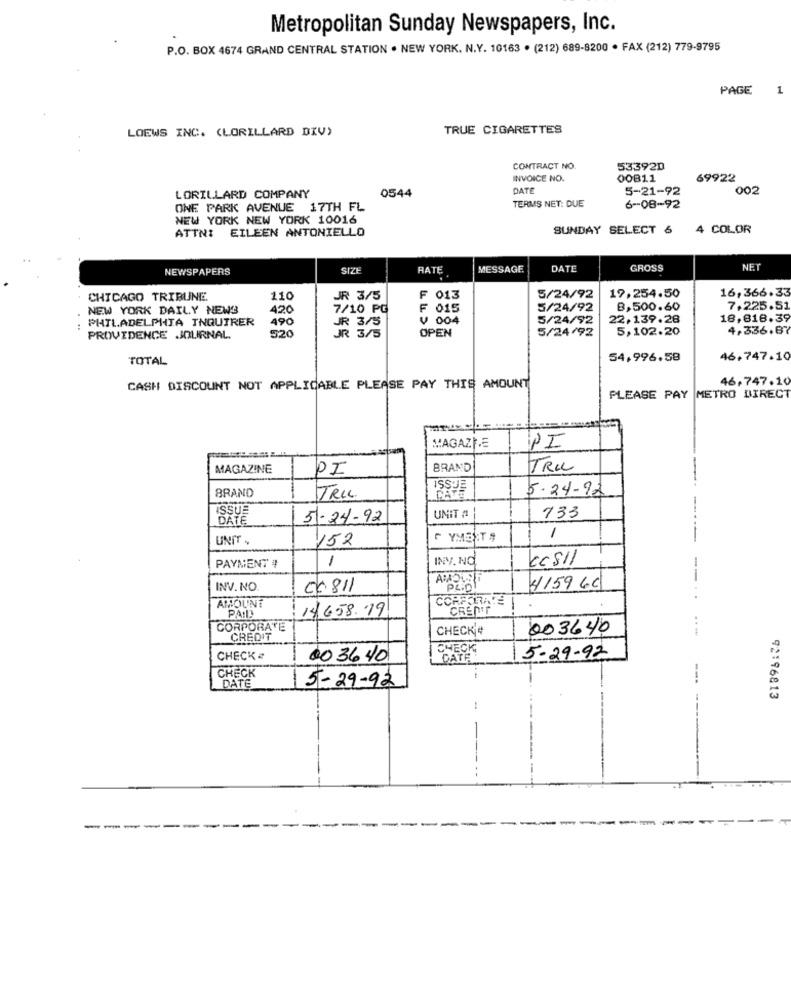
Metropolitan Sunday Newspapers, Inc.
P.O. BOX 4674 GRAND CENTRAL STATION . NEW YORK. N.Y. 10163 . (212) 689-8200 · FAX (212) 779-9795
PAGE
1
LOEWS INC. (LORILLARD DIV)
TRUE CIGARETTES
CONTRACT NO.
53392D
INVOICE NO.
00811
69922
0544
DATE
5-21-92
002
LORILLARD COMPANY
ONE PARK AVENUE 17TH FL
TERMS NET: DUE
6 -- 08-92
NEW YORK NEW YORK 10016
ATTNI EILEEN ANTONIELLO
SUNDAY SELECT 6 4 COLOR
NEWSPAPERS
SIZE
HATE
MESSAGE
DATE
GROSS
NET
16,366.33
CHICAGO TRIBUNE
110
JR 3/5
F 013
5/24/92
19.254.50
NEW YORK DAILY NEWS
420
7/10 PG
F 015
5/24/92
B,500.60
7,225.51
PHILADELPHIA INQUIRER
490
V 004
5/24/92
22,139.28
18,818.39
JR 3/5
OPEN
5/24/92
5,102.20
4,336.87
PROVIDENCE JOURNAL.
520
JR 3/5
TOTAL
54,996.58
46,747.10
46,747.10
CASH DISCOUNT NOT APPLICABLE PLEASE PAY THIS AMOUNT
PLEASE PAY
METRO DIREC
MAGAZI.E
PI
MAGAZINE
PI
BRAND
TRIL
ISSUE
5-24-92
BRAND
TRIL.
ISSUE
DATE
5-24-92
UNIT #
733
UNIT .
152
G YMET ,
1
1
INV. NO.
CcsIl
PAYMENT 4
-
INV. NO
00811
PLOD!
$159 66
AMOUNT
CREDIT
PA !!!
14,658.19
CORPORATE
CHECK#
003640
CREDIT
..-
CHECK
CHECK
00 36 40
CATA
15-29-92
CHECK
---
DATE
5-29-92
92196813
---